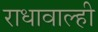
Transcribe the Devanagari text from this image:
राधावाल्ही